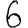
Digit: 6